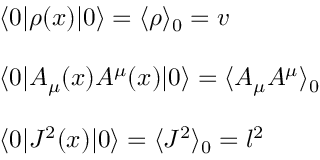
\begin{array} { l } { { \langle 0 \vert \rho ( x ) \vert 0 \rangle = \langle \rho \rangle _ { 0 } = v } } \\ { { { } } } \\ { { \langle 0 \vert A _ { \mu } ( x ) A ^ { \mu } ( x ) \vert 0 \rangle = \langle A _ { \mu } A ^ { \mu } \rangle _ { 0 } } } \\ { { { } } } \\ { { \langle 0 \vert J ^ { 2 } ( x ) \vert 0 \rangle = \langle J ^ { 2 } \rangle _ { 0 } = l ^ { 2 } } } \end{array}